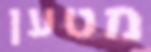
מטען